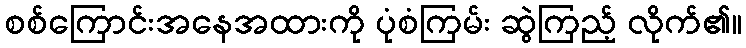
စစ်ကြောင်းအနေအထားကို ပုံစံကြမ်း ဆွဲကြည့် လိုက်၏။